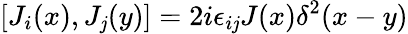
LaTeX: [J_{i}(x),J_{\mathit{j}}(y)]=2i\epsilon_{i\mathit{j}}J(x)\delta^{2}(x-y)